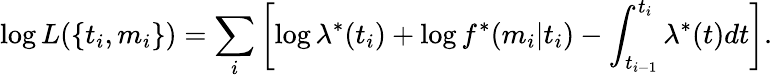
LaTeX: \log L(\{ t_{i},m_{i}\} )=\sum_{i}\left[\log\lambda^{*}(t_{i})+\log f^{*}(m_{i}|t_{i})-\int_{t_{i-1}}^{t_{i}}\lambda^{*}(t)dt\right].